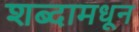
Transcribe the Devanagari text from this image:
शब्दामधून